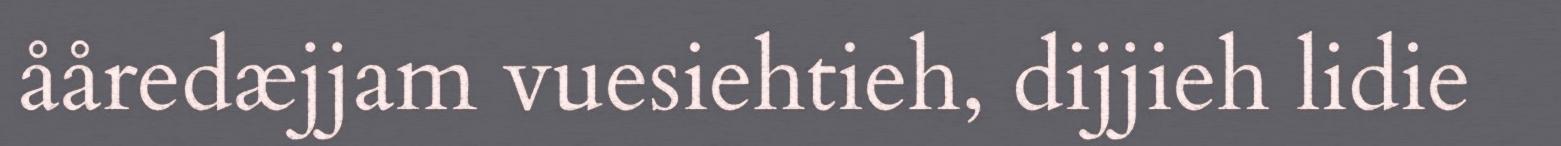
ååredæjjam vuesiehtieh, dijjieh lidie